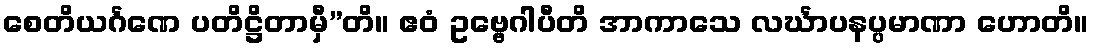
စေတိယင်္ဂဏေ ပတိဋ္ဌိတာမှီ”တိ။ ဧဝံ ဥဗ္ဗေဂါပီတိ အာကာသေ လင်္ဃာပနပ္ပမာဏာ ဟောတိ။